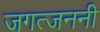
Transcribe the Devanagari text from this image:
जगत्जननी